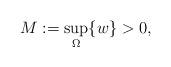
LaTeX: \begin{align*}M := \sup \limits_{\Omega} \{ w \} > 0,\end{align*}